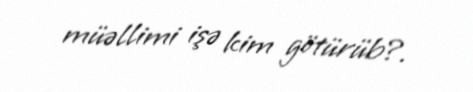
müəllimi işə kim götürüb?.